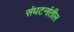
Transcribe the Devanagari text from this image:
संघटनांतील